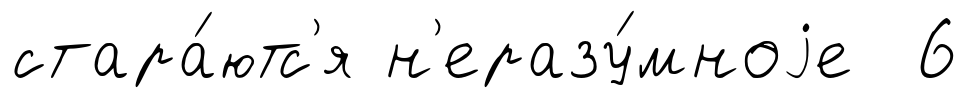
стара́ютс'я н'еразу́мноjе 6